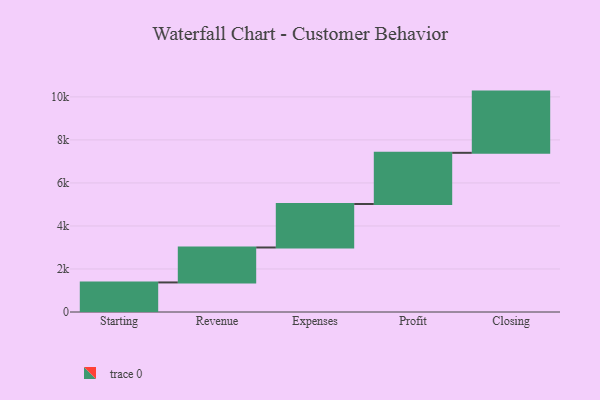
{"axis": {"x": "Step", "y": "Value"}, "legend": [""], "data": [{"x": "Starting", "y": 1374.0, "type": ""}, {"x": "Revenue", "y": 1625.0, "type": ""}, {"x": "Expenses", "y": 2022.0, "type": ""}, {"x": "Profit", "y": 2379.0, "type": ""}, {"x": "Closing", "y": 2846.0, "type": ""}]}